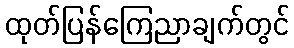
ထုတ်ပြန်ကြေညာချက်တွင်